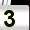
Digit: 3